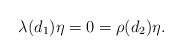
LaTeX: \begin{align*}\lambda(d_1)\eta=0=\rho(d_2)\eta.\end{align*}